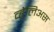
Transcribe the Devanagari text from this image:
व्हेलिअस